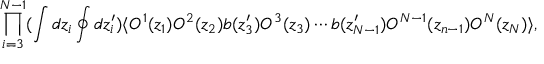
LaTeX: \prod _ { i = 3 } ^ { N - 1 } ( \int d z _ { i } \oint d z _ { i } ^ { \prime } ) \langle { \cal O } ^ { 1 } ( z _ { 1 } ) { \cal O } ^ { 2 } ( z _ { 2 } ) b ( z _ { 3 } ^ { \prime } ) { \cal O } ^ { 3 } ( z _ { 3 } ) \cdots b ( z _ { N - 1 } ^ { \prime } ) { \cal O } ^ { N - 1 } ( z _ { n - 1 } ) { \cal O } ^ { N } ( z _ { N } ) \rangle ,